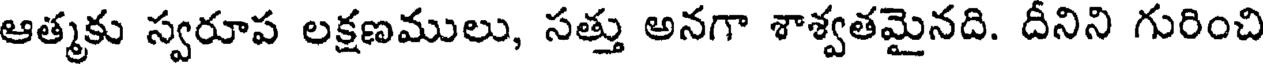
ఆత్మకు స్వరూప లక్షణములు, సత్తు అనగా శాశ్వతమైనది. దీనిని గురించి